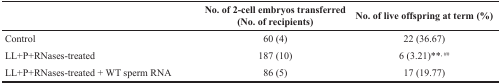
<table><thead><tr><td></td><td><b>No. of 2-cell embryos transferred (No. of recipients)</b></td><td><b>No. of live offspring at term (%)</b></td></tr></thead><tbody><tr><td>Control</td><td>60 (4)</td><td>22 (36.67)</td></tr><tr><td>LL+P+RNases-treated</td><td>187 (10)</td><td>6 (3.21)**<sup>, ##</sup></td></tr><tr><td>LL+P+RNases-treated + WT sperm RNA</td><td>86 (5)</td><td>17 (19.77)</td></tr></tbody></table>